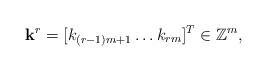
LaTeX: \begin{align*}\mathbf k^r = [k_{(r-1)m+1} \ldots k_{rm}]^T \in \mathbb Z^m,\end{align*}